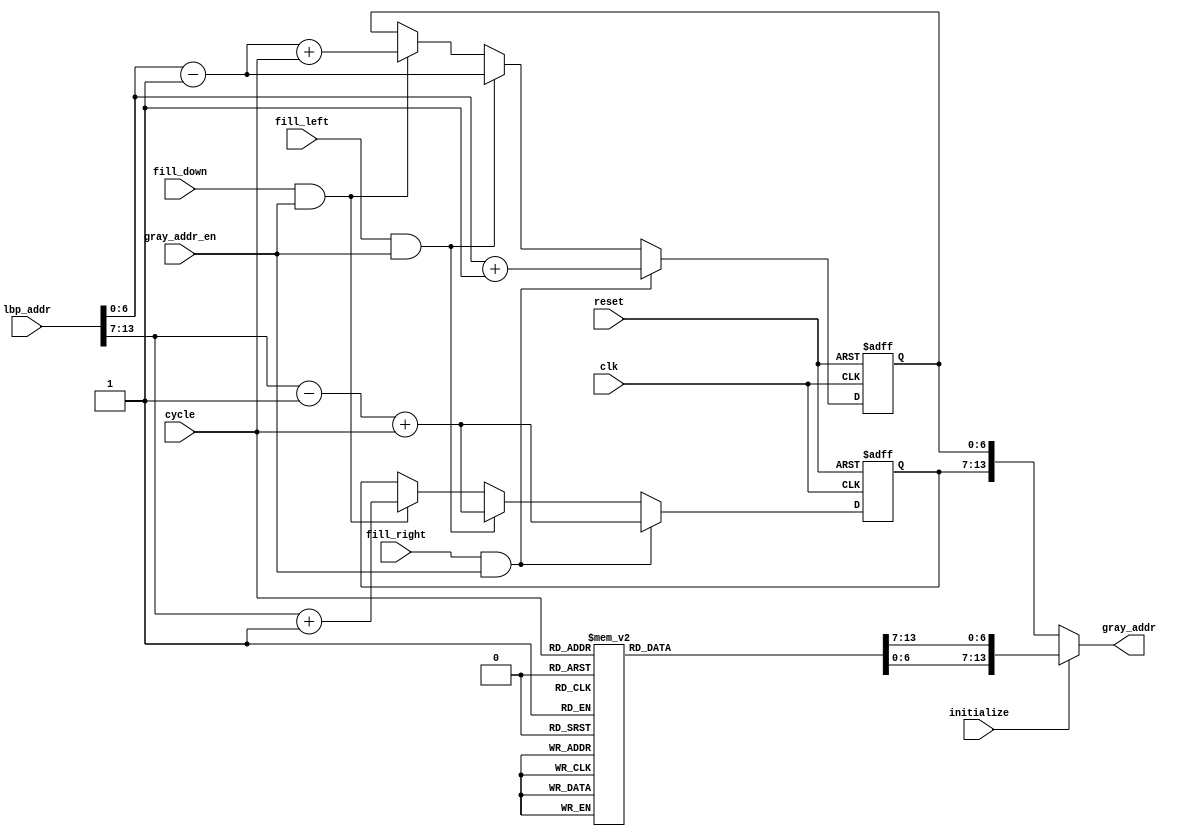
`timescale 1ns/10ps
module GAC (
    clk, reset,
    gray_addr, lbp_addr,
    cycle,
    gray_addr_en,
    initialize, fill_right, fill_down, fill_left
);
input clk, reset;
input initialize, fill_right, fill_down, fill_left, gray_addr_en;
input [3:0] cycle;
input [13:0] lbp_addr;
output [13:0]gray_addr;

wire [6:0] lbp_addr_row, lbp_addr_col;
reg [6:0] gray_addr_row, gray_addr_col;
reg [6:0] init_gray_addr_row, init_gray_addr_col;

assign gray_addr = (initialize) ? {init_gray_addr_row, init_gray_addr_col} : {gray_addr_row, gray_addr_col};
assign lbp_addr_row = lbp_addr[13:7];
assign lbp_addr_col = lbp_addr[6:0];

always @(*) begin
    case(cycle)
        4'd1: begin
            init_gray_addr_row = 7'd0;
            init_gray_addr_col = 7'd0;
        end
        4'd2: begin
            init_gray_addr_row = 7'd0;
            init_gray_addr_col = 7'd1;
        end
        4'd3: begin
            init_gray_addr_row = 7'd0;
            init_gray_addr_col = 7'd2;
        end
        4'd4: begin
            init_gray_addr_row = 7'd1;
            init_gray_addr_col = 7'd0;
        end
        4'd5: begin
            init_gray_addr_row = 7'd1;
            init_gray_addr_col = 7'd1;
        end
        4'd6: begin
            init_gray_addr_row = 7'd1;
            init_gray_addr_col = 7'd2;
        end
        4'd7: begin
            init_gray_addr_row = 7'd2;
            init_gray_addr_col = 7'd0;
        end
        4'd8: begin
            init_gray_addr_row = 7'd2;
            init_gray_addr_col = 7'd1;
        end
        4'd9: begin
            init_gray_addr_row = 7'd2;
            init_gray_addr_col = 7'd2;
        end
        default: begin
            init_gray_addr_row = 7'd0;
            init_gray_addr_col = 7'd0;
        end
    endcase
end

always @(posedge clk or posedge reset) begin
    if (reset) begin
        gray_addr_row <= 7'd0;
        gray_addr_col <= 7'd0;
    end
    else if (fill_right && gray_addr_en) begin
        gray_addr_row <= lbp_addr_row - 1'd1 + cycle;
        gray_addr_col <= lbp_addr_col + 1'd1;
    end
    else if (fill_left && gray_addr_en) begin
        gray_addr_row <= lbp_addr_row - 1'd1 + cycle;
        gray_addr_col <= lbp_addr_col - 1'd1;
    end
    else if (fill_down && gray_addr_en) begin
        gray_addr_row <= lbp_addr_row + 1'd1;
        gray_addr_col <= lbp_addr_col - 1'd1 + cycle;
    end
    else begin
        gray_addr_row <= gray_addr_row;
        gray_addr_col <= gray_addr_col;
    end
end

endmodule